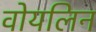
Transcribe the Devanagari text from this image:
वोयलिन